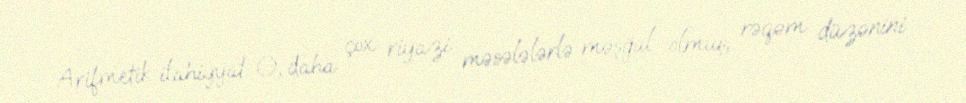
Arifmetik ilahiyyat O, daha çox riyazi məsələlərlə məşğul olmuş, rəqəm düzənini